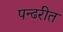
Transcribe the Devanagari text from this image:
पन्ढरीत